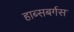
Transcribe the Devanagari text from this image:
हाब्सबर्गस